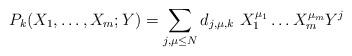
LaTeX: \begin{align*}P_{ k}(X_1,\ldots ,X_m;Y)=\sum _{j,\mu \leq N} d_{j,\mu , k} \ X_1^{\mu _1}\ldots X_m^{\mu _m}Y ^j\end{align*}